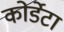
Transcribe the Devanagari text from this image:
कोर्डेटा